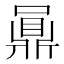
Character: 𪔅